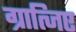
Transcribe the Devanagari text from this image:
ग्रात्जिए